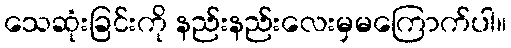
သေဆုံးခြင်းကို နည်းနည်းလေးမှမကြောက်ပါ။